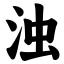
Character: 浊